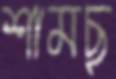
শামছু